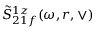
\tilde { S } _ { 2 1 f } ^ { 1 z } ( \omega , r , \vee )